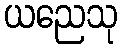
ယညေသု